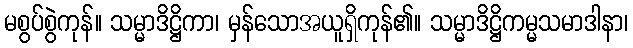
မစွပ်စွဲကုန်။ သမ္မာဒိဋ္ဌိကာ၊ မှန်သောအယူရှိကုန်၏။ သမ္မာဒိဋ္ဌိကမ္မသမာဒါနာ၊